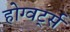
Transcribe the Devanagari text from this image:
होग्वर्ट्स